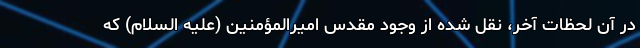
در آن لحظات آخر، نقل شده از وجود مقدس امیرالمؤمنین (علیه السلام) که